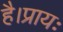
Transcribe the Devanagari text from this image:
है।प्रायः